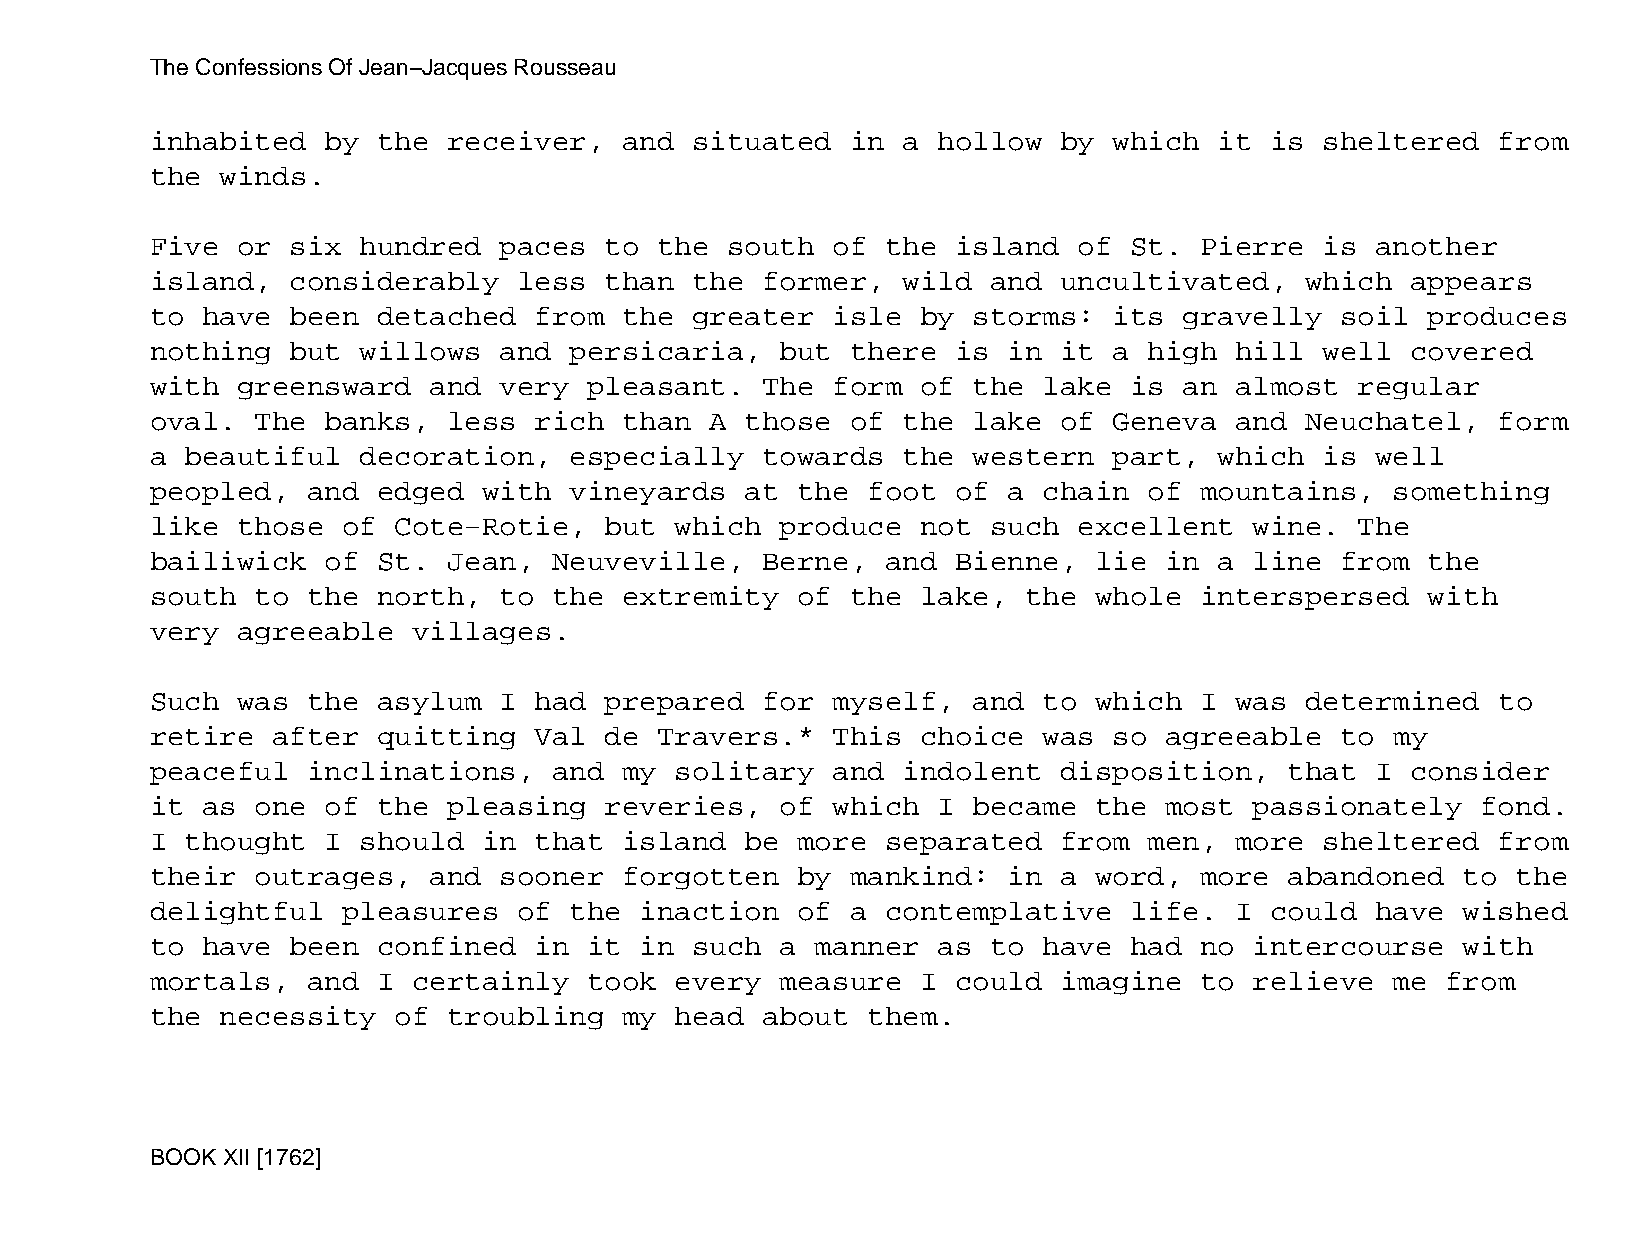
The Confessions Of Jean−Jacques Rousseau
 inhabited   by the  receiver,  and  situated  in  a hollow  by  which  it is  sheltered  from
 the  winds.
 Five  or six  hundred  paces  to  the south  of  the island  of  St. Pierre   is another
 island,  considerably   less  than  the former,   wild  and uncultivated,   which  appears
 to have  been  detached  from  the  greater  isle  by storms:   its gravelly   soil  produces
 nothing  but  willows  and  persicaria,   but there  is  in it  a high  hill  well covered
 with  greensward  and  very  pleasant.  The  form  of the  lake  is an  almost  regular
 oval.  The  banks,  less rich  than  A those  of  the lake  of  Geneva  and Neuchatel,   form
 a beautiful   decoration,   especially  towards   the western   part,  which  is well
 peopled,  and  edged  with  vineyards  at  the foot  of  a chain  of mountains,   something
 like  those  of Cote−Rotie,   but  which  produce  not  such excellent   wine.  The
 bailiwick   of St.  Jean,  Neuveville,  Berne,   and Bienne,  lie  in  a line  from  the
 south  to the  north,  to  the extremity   of the  lake,  the whole  interspersed    with
 very  agreeable  villages.
 Such  was the  asylum  I had  prepared  for  myself,  and  to which  I  was determined   to
 retire  after  quitting  Val  de  Travers.*  This  choice  was  so agreeable   to my
 peaceful  inclinations,    and my  solitary  and  indolent  disposition,   that  I consider
 it as  one  of the  pleasing  reveries,   of which  I became  the  most  passionately   fond.
 I thought   I should  in that  island  be  more  separated  from  men,  more  sheltered  from
 their  outrages,  and  sooner  forgotten   by mankind:   in a word,  more  abandoned   to the
 delightful   pleasures  of  the inaction   of a  contemplative   life.  I could  have  wished
 to have  been  confined  in  it in  such  a manner  as  to have  had no  intercourse   with
 mortals,  and  I certainly   took  every  measure  I could  imagine  to  relieve  me  from
 the  necessity  of  troubling  my  head about  them.
 BOOK XII [1762]